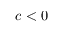
c < 0